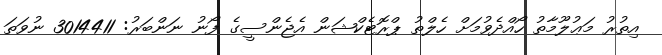
އިތުރު މަޢުލޫމާތު ހޯއްދެވުމަށް ހެލްތު ޕްރޮޓެކްޝަން އެޖެންސީގެ ފޯނު ނަންބަރު: 3014411 ނުވަތަ